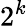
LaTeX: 2^{k}